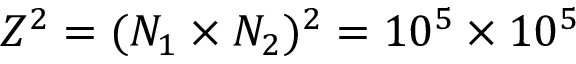
Z ^ { 2 } = ( N _ { 1 } \times N _ { 2 } ) ^ { 2 } = 1 0 ^ { 5 } \times 1 0 ^ { 5 }